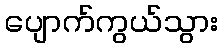
ပျောက်ကွယ်သွား